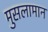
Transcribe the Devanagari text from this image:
मुसलामान